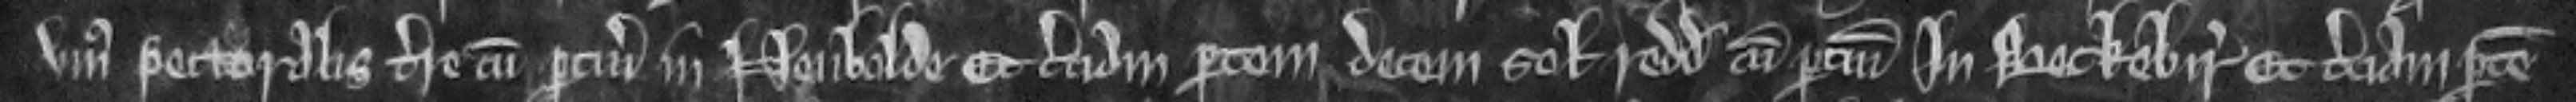
unius pectoralis terre cum pertinenciis in Neubolde Et terciam partem decem solidorum redditus cum pertinenciis In Beckebir Et terciam partem